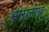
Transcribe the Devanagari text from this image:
भोरानाथ